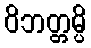
ဝိဘတ္တမ္ပိ